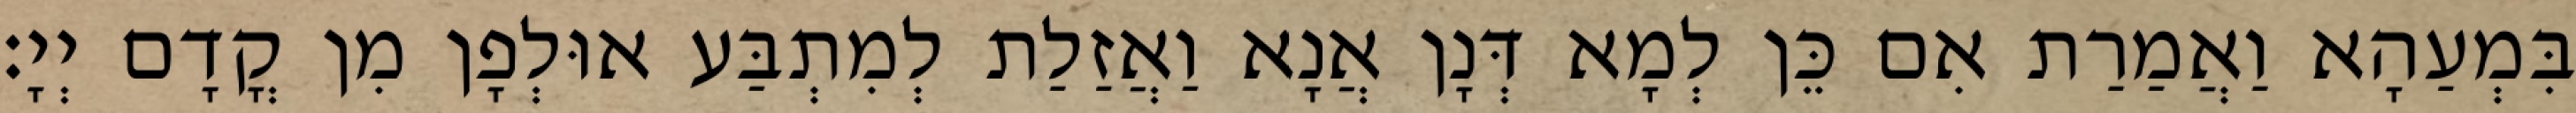
בִּמְעַהָא וַאֲמַרַת אִם כֵּן לְמָא דְּנָן אֲנָא וַאֲזַלַת לְמִתְבַּע אוּלְפָן מִן קֳדָם יְיָ׃